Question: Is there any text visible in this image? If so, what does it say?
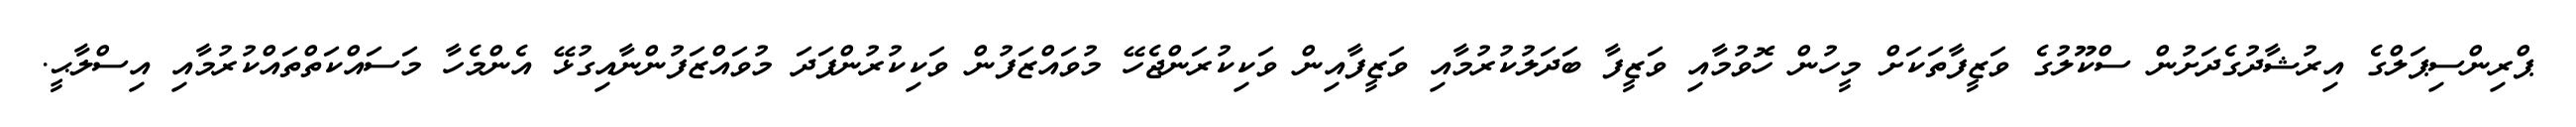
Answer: ޕްރިންސިޕަލްގެ އިރުޝާދުގެދަށުން ސްކޫލުގެ ވަޒީފާތަކަށް މީހުން ހޮވުމާއި ވަޒީފާ ބަދަލުކުރުމާއި ވަޒީފާއިން ވަކިކުރަންޖެހޭ މުވައްޒަފުން ވަކިކުރުންފަދަ މުވައްޒަފުންނާއިގުޅޭ އެންމެހާ މަސައްކަތްތައްކުރުމާއި އިސްލާޙީ.